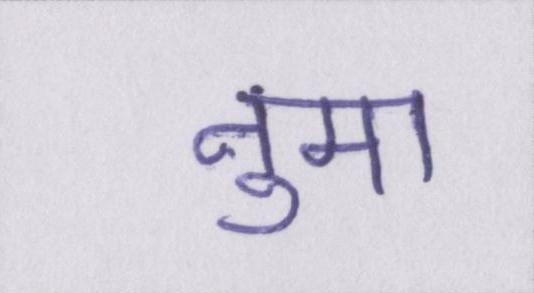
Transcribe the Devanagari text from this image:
नुमा